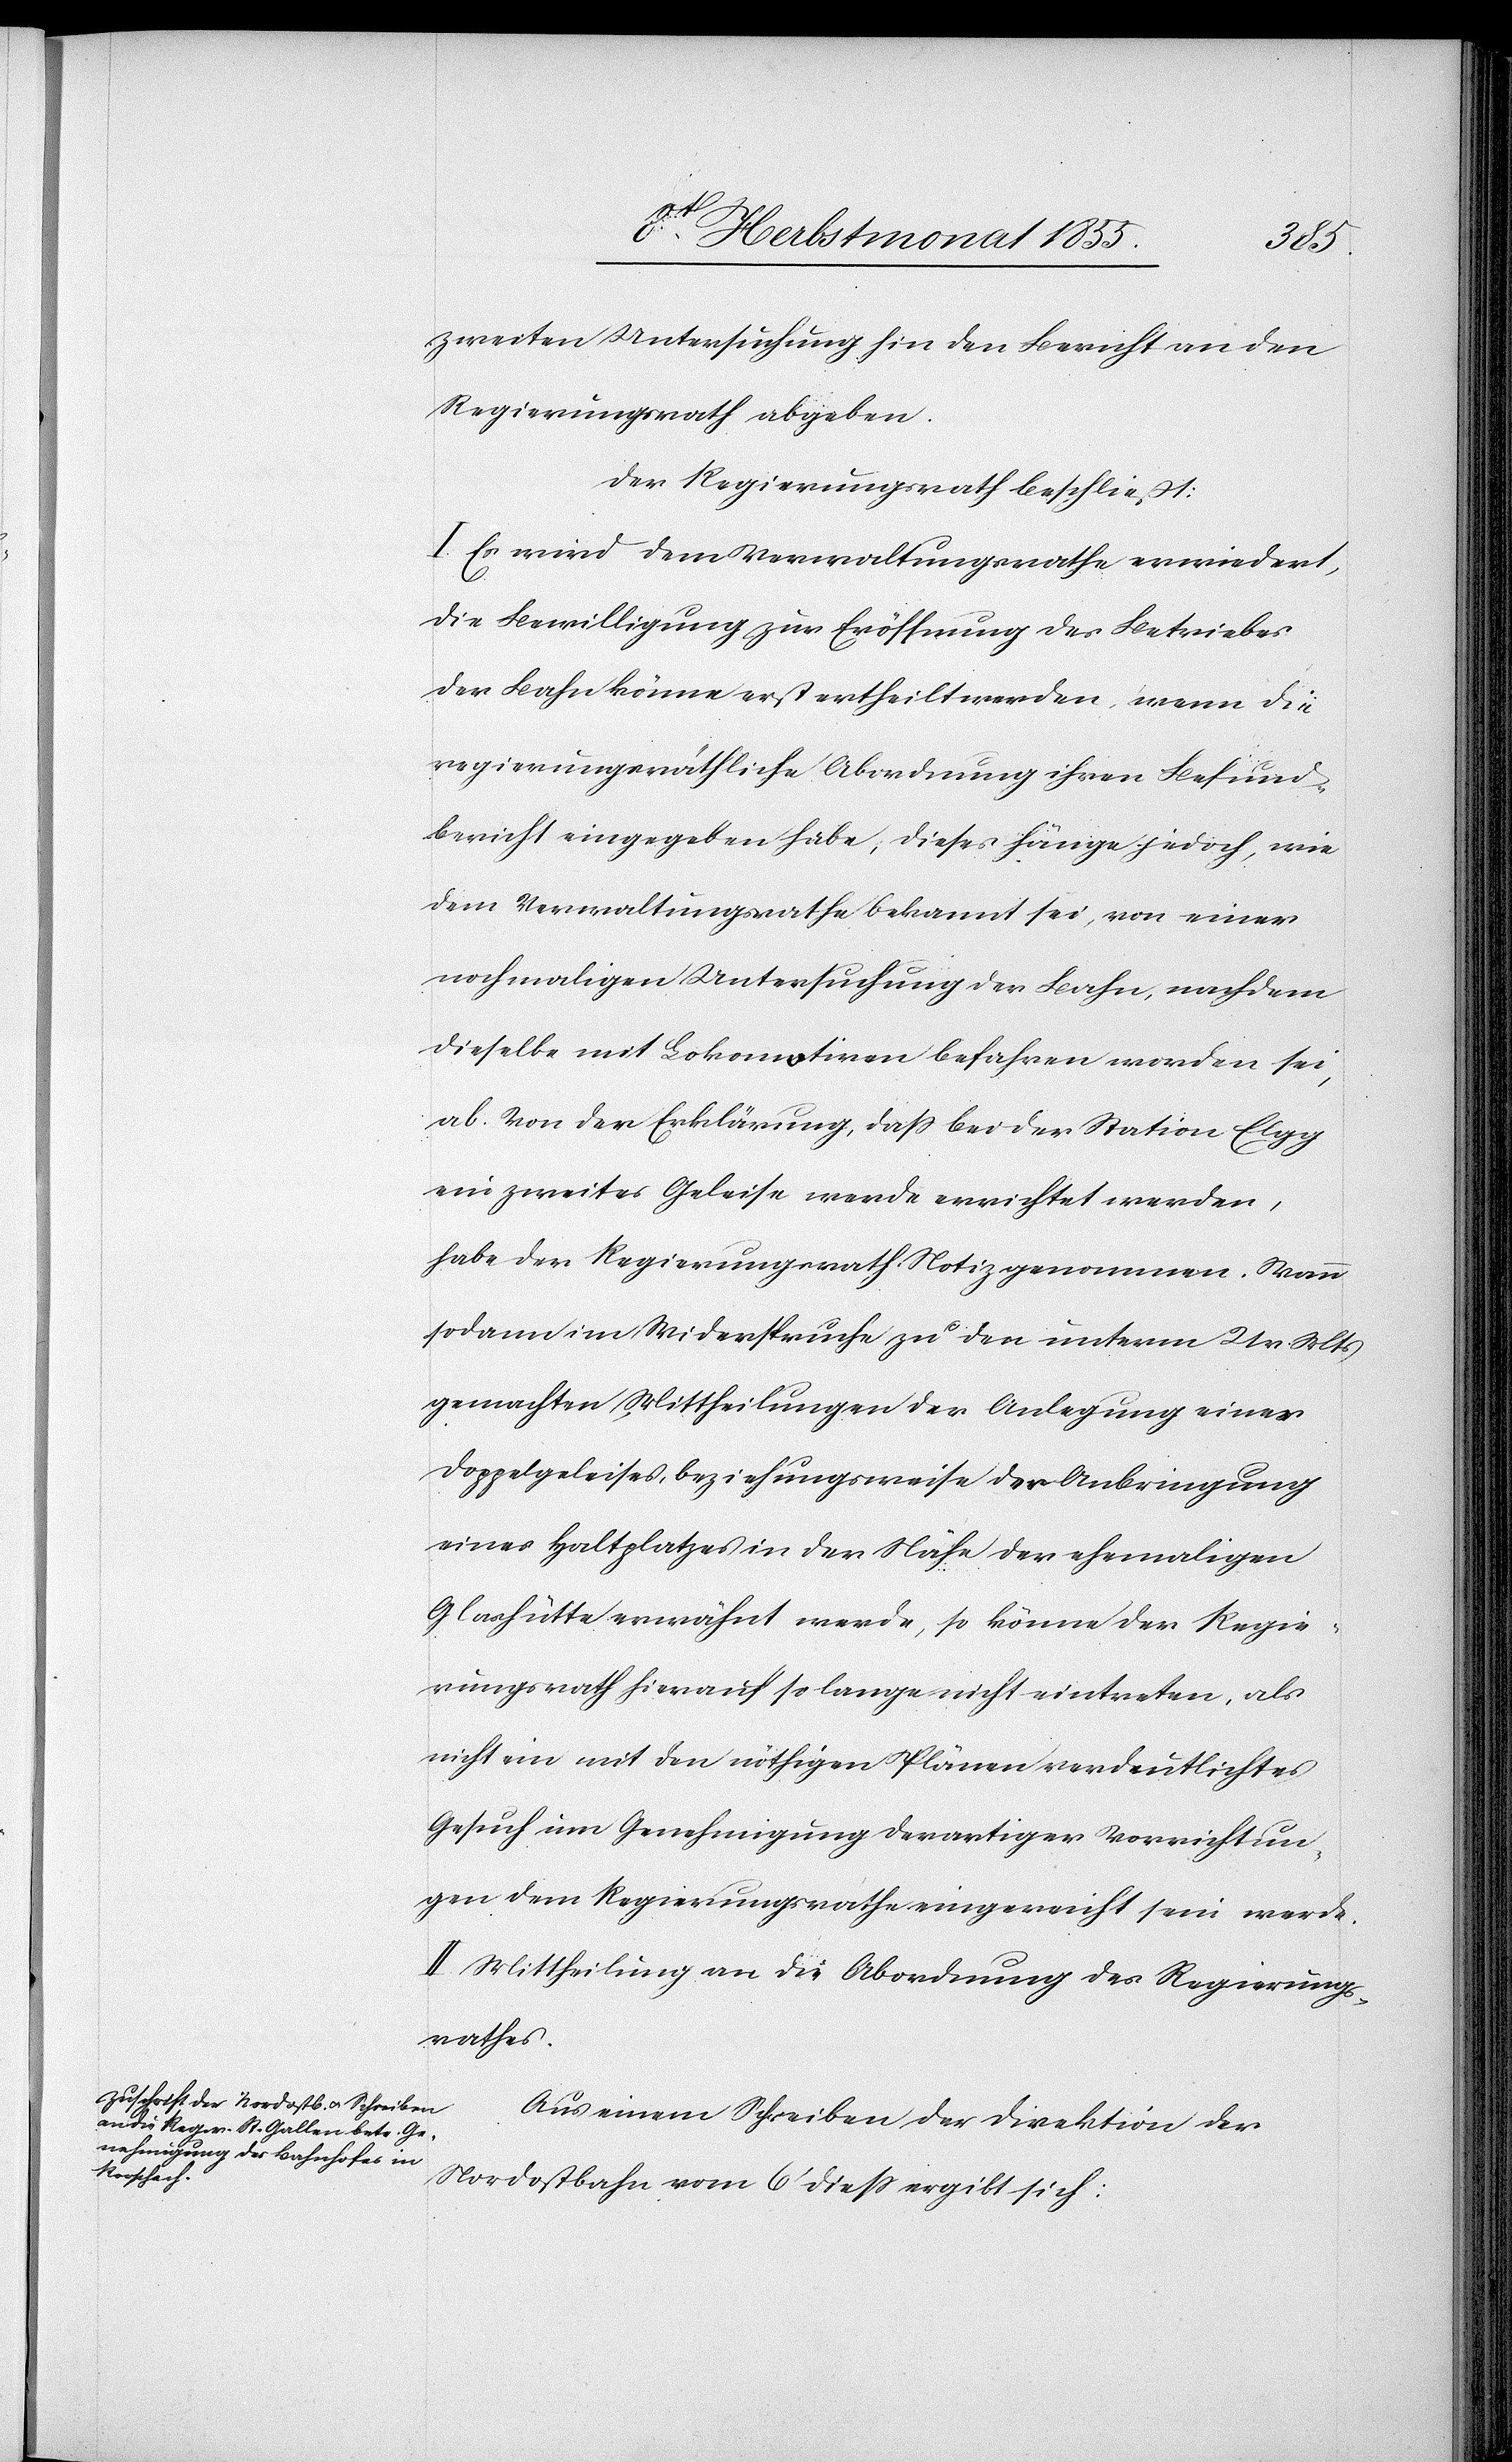
zweiten Untersuchung hin den Bericht an den
Regierungsrath abgeben.
Der Regierungsrath beschließt:
I Es wird dem Verwaltungsrathe erwiedert,
die Bewilligung zur Eröffnung des Betriebes
der Bahn könne erst ertheilt werden, wenn die
regierungsräthliche Abordnung ihren Befund¬
bericht eingegeben habe; dieses hänge jedoch, wie
dem Verwaltungsrathe bekannt sei, von einer
nochmaligen Untersuchung der Bahn, nachdem
dieselbe mit Lokomotiven befahren worden sei,
ab. Von der Erklärung, dass bei der Station Elgg
ein zweites Geleise werde errichtet werden,
habe der Regierungsrath Notiz genommen. Wann
sodann im Widerspruche zu den unterm 21 v. Mts
gemachten Mittheilungen der Anlegung eines
Doppelgeleises, beziehungsweise der Anbringung
eines Haltplatzes in der Nähe der ehemaligen
Glashütte erwähnt werde, so könne der Regie¬
rungsrath hierauf so lange nicht eintreten, als
nicht ein mit den nöthigen Plänen verdeutlichtes
Gesuch um Genehmigung derartiger Vorrichtun¬
gen dem Regierungsrathe eingereicht sein werde.
II. Mittheilung an die Abordnung des Regierungs¬
rathes.
Aus einem Schreiben der Direktion der
Nordostbahn vom 6[?t] diess ergibt sich: